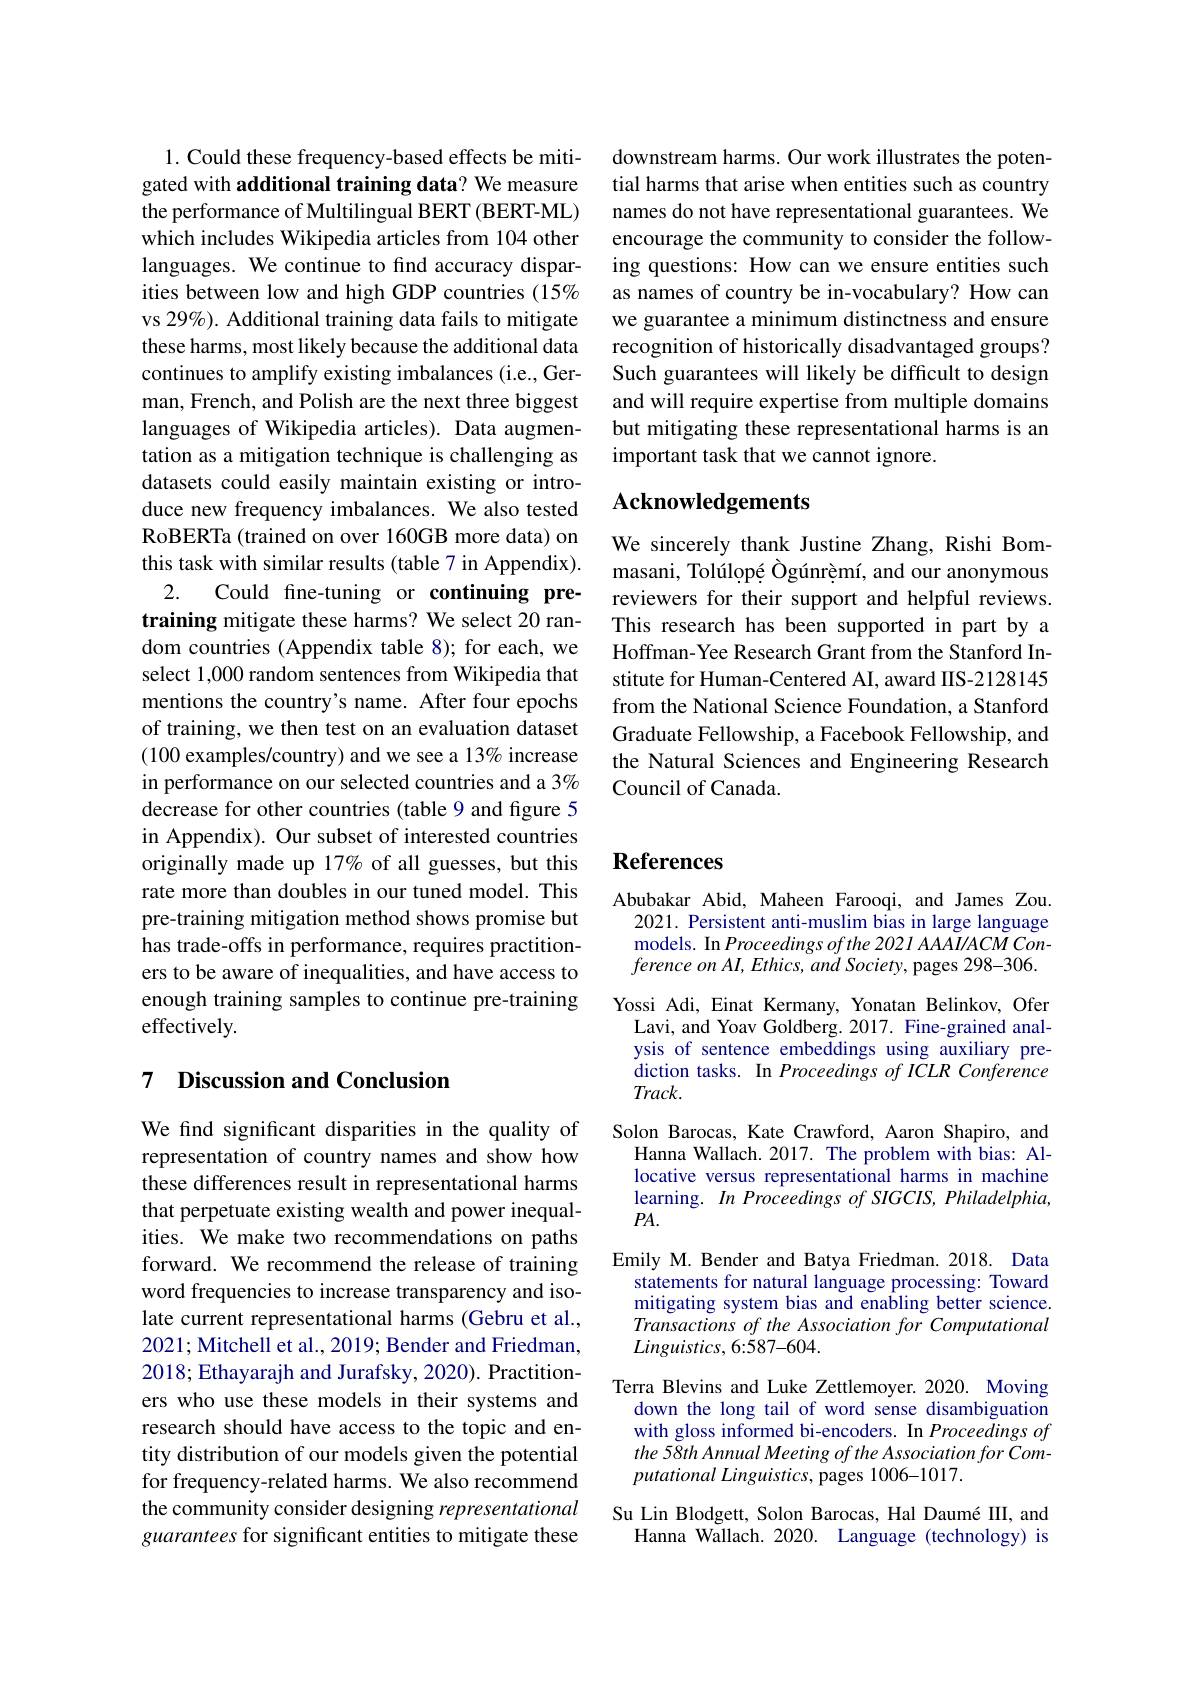
1. Could these frequency-based effects be mitigated with additional training data? We measure the performance of Multilingual BERT (BERT-ML) which includes Wikipedia articles from 104 other languages. We continue to find accuracy disparities between low and high GDP countries (15% vs 29%). Additional training data fails to mitigate these harms, most likely because the additional data continues to amplify existing imbalances (i.e., German, French, and Polish are the next three biggest languages of Wikipedia articles). Data augmentation as a mitigation technique is challenging as datasets could easily maintain existing or introduce new frequency imbalances. We also tested RoBERTa (trained on over 160GB more data) on this task with similar results (table 7 in Appendix).
2. Could fine-tuning or continuing pretraining mitigate these harms? We select 20 random countries (Appendix table 8); for each, we select 1,000 random sentences from Wikipedia that mentions the country's name. After four epochs of training, we then test on an evaluation dataset (100 examples/country) and we see a 13% increase in performance on our selected countries and a 3% decrease for other countries (table 9 and figure 5 in Appendix). Our subset of interested countries originally made up 17% of all guesses, but this rate more than doubles in our tuned model. This pre-training mitigation method shows promise but has trade-offs in performance, requires practitioners to be aware of inequalities, and have access to enough training samples to continue pre-training effectively.

## 7 Discussion and Conclusion

We find significant disparities in the quality of representation of country names and show how these differences result in representational harms that perpetuate existing wealth and power inequalities. We make two recommendations on paths forward. We recommend the release of training word frequencies to increase transparency and isolate current representational harms (Gebru et al., 2021; Mitchell et al., 2019; Bender and Friedman, 2018; Ethayarajh and Jurafsky, 2020). Practitioners who use these models in their systems and research should have access to the topic and entity distribution of our models given the potential for frequency-related harms. We also recommend the community consider designing representational guarantees for significant entities to mitigate these

downstream harms. Our work illustrates the potential harms that arise when entities such as country names do not have representational guarantees. We encourage the community to consider the following questions: How can we ensure entities such as names of country be in-vocabulary? How can we guarantee a minimum distinctness and ensure recognition of historically disadvantaged groups? Such guarantees will likely be difficult to design and will require expertise from multiple domains but mitigating these representational harms is an important task that we cannot ignore.

# Acknowledgements

We sincerely thank Justine Zhang, Rishi Bommasani, Tolúlopé Ògúnrèmí, and our anonymous reviewers for their support and helpful reviews. This research has been supported in part by a Hoffman-Yee Research Grant from the Stanford Institute for Human-Centered AI, award IIS-2128145 from the National Science Foundation, a Stanford Graduate Fellowship, a Facebook Fellowship, and the Natural Sciences and Engineering Research Council of Canada.

### References

Abubakar Abid, Maheen Farooqi, and James Zou. 2021. Persistent anti-muslim bias in large language models. In Proceedings ofthe 2021 AAAI/ACM Con- $ference~on~AI,~Ethics,~and~Society,~pages~298-306.$
Yossi Adi, Einat Kermany, Yonatan Belinkov, Ofer
Lavi, and Yoav Goldberg. 2017. Fine-grained analysis of sentence embeddings using auxiliary prediction tasks. In Proceedings of ICLR Conference $Track.$
Solon Barocas, Kate Crawford, Aaron Shapiro, and
Hanna Wallach. 2017. The problem with bias: Allocative versus representational harms in machine learning. $In$ Proceedings $ofSIGCIS,Philadelphia$, $PA.$
Emily M. Bender and Batya Friedman. 2018. Data statements for natural language processing: Toward mitigating system bias and enabling better science. Transactions of the Association for Computational $Linguistics,6:587-604.$
Terra Blevins and Luke Zettlemoyer. 2020. Moving
down the long tail of word sense disambiguation with gloss informed bi-encoders. In Proceedings of the 58th Annual Meeting of the Association for Computational Linguistics, pages 1006-1017.
Su Lin Blodgett, Solon Barocas, Hal Daumé III, and
Hanna Wallach. 2020. Language (technology) is